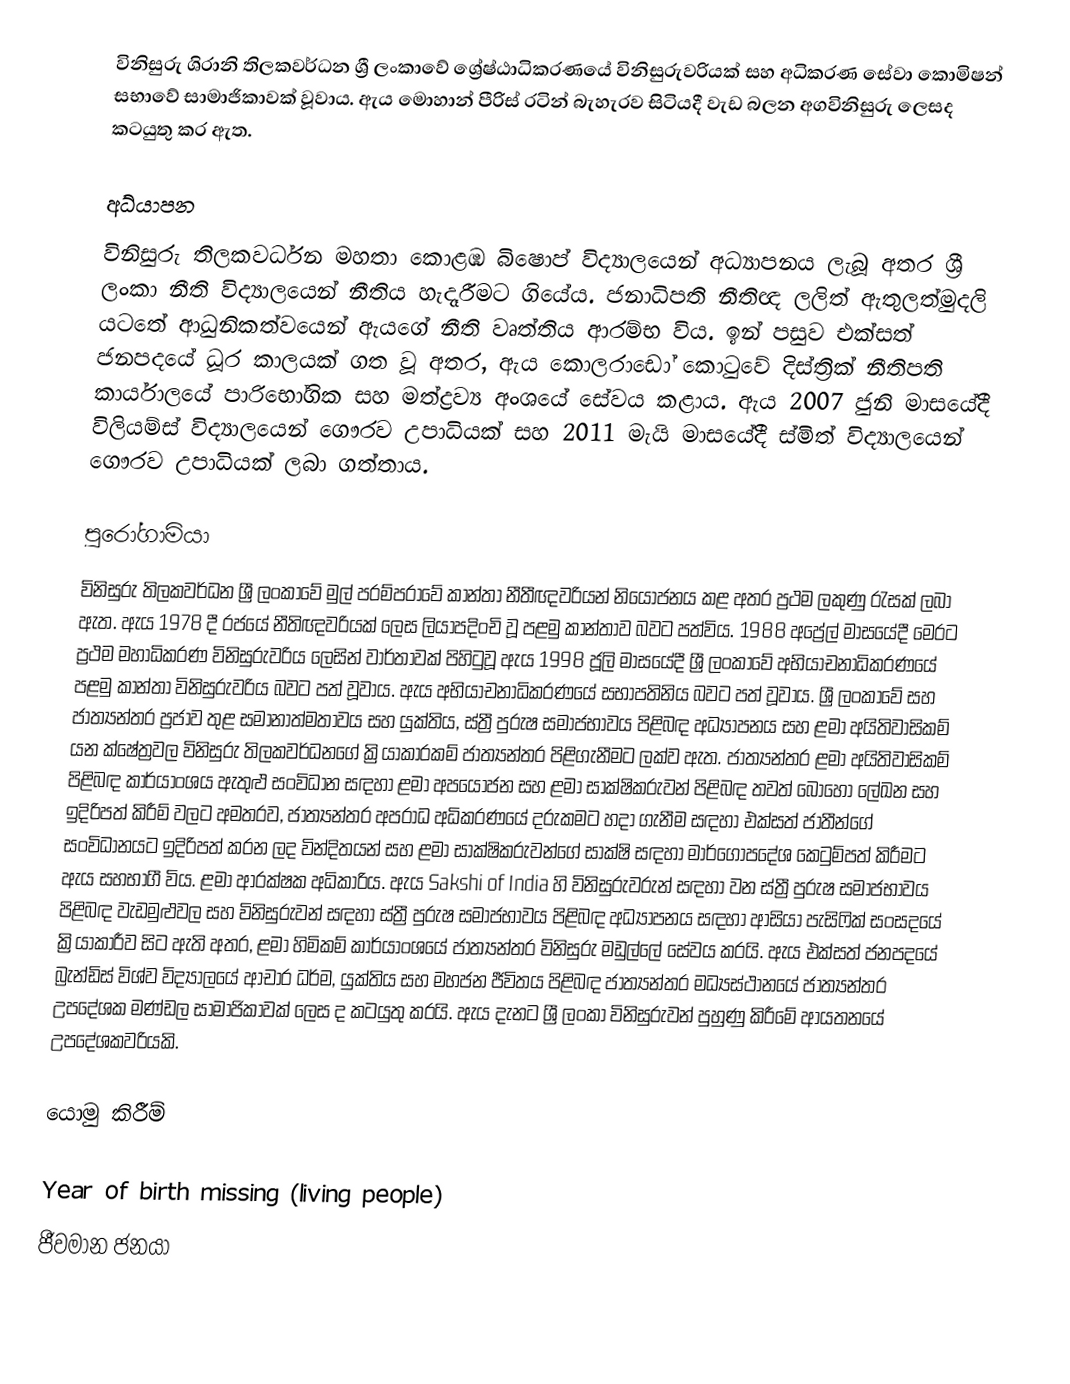
විනිසුරු ශිරානි තිලකවර්ධන ශ්‍රී ලංකාවේ ශ්‍රේෂ්ඨාධිකරණයේ විනිසුරුවරියක් සහ අධිකරණ සේවා කොමිෂන් සභාවේ සාමාජිකාවක් වූවාය. ඇය මොහාන් පීරිස් රටින් බැහැරව සිටියදී වැඩ බලන අගවිනිසුරු ලෙසද කටයුතු කර ඇත.

අධ්යාපන
විනිසුරු තිලකවර්ධන මහතා කොළඹ බිෂොප් විද්‍යාලයෙන් අධ්‍යාපනය ලැබූ අතර ශ්‍රී ලංකා නීති විද්‍යාලයෙන් නීතිය හැදෑරීමට ගියේය. ජනාධිපති නීතිඥ ලලිත් ඇතුලත්මුදලි යටතේ ආධුනිකත්වයෙන් ඇයගේ නීති වෘත්තිය ආරම්භ විය. ඉන් පසුව එක්සත් ජනපදයේ ධූර කාලයක් ගත වූ අතර, ඇය කොලරාඩෝ කොටුවේ දිස්ත්‍රික් නීතිපති කාර්යාලයේ පාරිභෝගික සහ මත්ද්‍රව්‍ය අංශයේ සේවය කළාය.  ඇය 2007 ජුනි මාසයේදී විලියම්ස් විද්‍යාලයෙන් ගෞරව උපාධියක් සහ 2011 මැයි මාසයේදී ස්මිත් විද්‍යාලයෙන් ගෞරව උපාධියක් ලබා ගත්තාය.

පුරෝගාමියා
විනිසුරු තිලකවර්ධන ශ්‍රී ලංකාවේ මුල් පරම්පරාවේ කාන්තා නීතීඥවරියන් නියෝජනය කළ අතර ප්‍රථම ලකුණු රැසක් ලබා ඇත. ඇය 1978 දී රජයේ නීතිඥවරියක් ලෙස ලියාපදිංචි වූ පළමු කාන්තාව බවට පත්විය. 1988 අප්‍රේල් මාසයේදී මෙරට ප්‍රථම මහාධිකරණ විනිසුරුවරිය ලෙසින් වාර්තාවක් පිහිටුවූ ඇය 1998 ජූලි මාසයේදී ශ්‍රී ලංකාවේ අභියාචනාධිකරණයේ පළමු කාන්තා විනිසුරුවරිය බවට පත් වූවාය. ඇය අභියාචනාධිකරණයේ සභාපතිනිය බවට පත් වූවාය.  ශ්‍රී ලංකාවේ සහ ජාත්‍යන්තර ප්‍රජාව තුළ සමානාත්මතාවය සහ යුක්තිය, ස්ත්‍රී පුරුෂ සමාජභාවය පිළිබඳ අධ්‍යාපනය සහ ළමා අයිතිවාසිකම් යන ක්ෂේත්‍රවල විනිසුරු තිලකවර්ධනගේ ක්‍රියාකාරකම් ජාත්‍යන්තර පිළිගැනීමට ලක්ව ඇත. ජාත්‍යන්තර ළමා අයිතිවාසිකම් පිළිබඳ කාර්යාංශය ඇතුළු සංවිධාන සඳහා ළමා අපයෝජන සහ ළමා සාක්ෂිකරුවන් පිළිබඳ තවත් බොහෝ ලේඛන සහ ඉදිරිපත් කිරීම් වලට අමතරව, ජාත්‍යන්තර අපරාධ අධිකරණයේ දරුකමට හදා ගැනීම සඳහා එක්සත් ජාතීන්ගේ සංවිධානයට ඉදිරිපත් කරන ලද වින්දිතයන් සහ ළමා සාක්ෂිකරුවන්ගේ සාක්ෂි සඳහා මාර්ගෝපදේශ කෙටුම්පත් කිරීමට ඇය සහභාගී විය. ළමා ආරක්ෂක අධිකාරිය. ඇය Sakshi of India හි විනිසුරුවරුන් සඳහා වන ස්ත්‍රී පුරුෂ සමාජභාවය පිළිබඳ වැඩමුළුවල සහ විනිසුරුවන් සඳහා ස්ත්‍රී පුරුෂ සමාජභාවය පිළිබඳ අධ්‍යාපනය සඳහා ආසියා පැසිෆික් සංසදයේ ක්‍රියාකාරීව සිට ඇති අතර, ළමා හිමිකම් කාර්යාංශයේ ජාත්‍යන්තර විනිසුරු මඩුල්ලේ සේවය කරයි. ඇය එක්සත් ජනපදයේ බ්‍රැන්ඩිස් විශ්ව විද්‍යාලයේ ආචාර ධර්ම, යුක්තිය සහ මහජන ජීවිතය පිළිබඳ ජාත්‍යන්තර මධ්‍යස්ථානයේ ජාත්‍යන්තර උපදේශක මණ්ඩල සාමාජිකාවක් ලෙස ද කටයුතු කරයි. ඇය දැනට ශ්‍රී ලංකා විනිසුරුවන් පුහුණු කිරීමේ ආයතනයේ උපදේශකවරියකි.

යොමු කිරීම්

Year of birth missing (living people)
ජීවමාන ජනයා